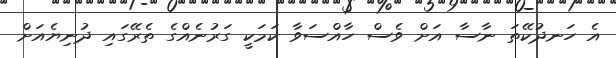
އެ ހަނދުކޭތަ ނާސާ އަށް ވެސް ހާއްސަވާ ކަމަކީ ގަރުނެއްގެ ތެރޭގައި ދުނިޔެއަށް